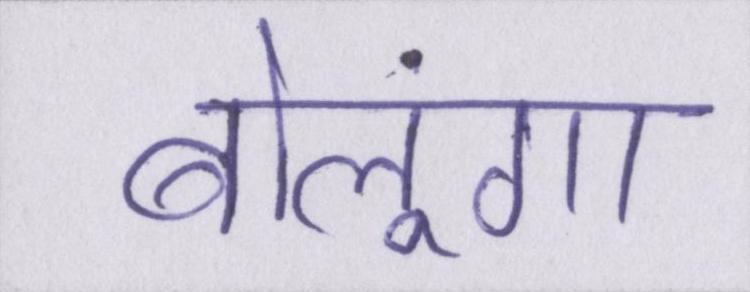
बोलूंगा